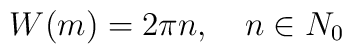
W(m)=2\pi n,\quad n \in N_{0}